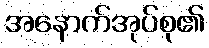
အနောက်အုပ်စု၏